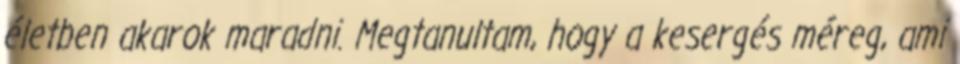
életben akarok maradni. Megtanultam, hogy a kesergés méreg, ami